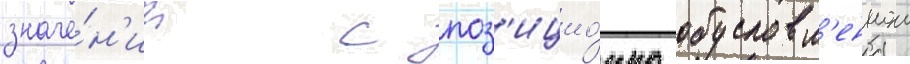
значе́н'ии с поз'ицио́нно обусловл'еннои